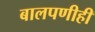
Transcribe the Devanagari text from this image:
बालपणीही